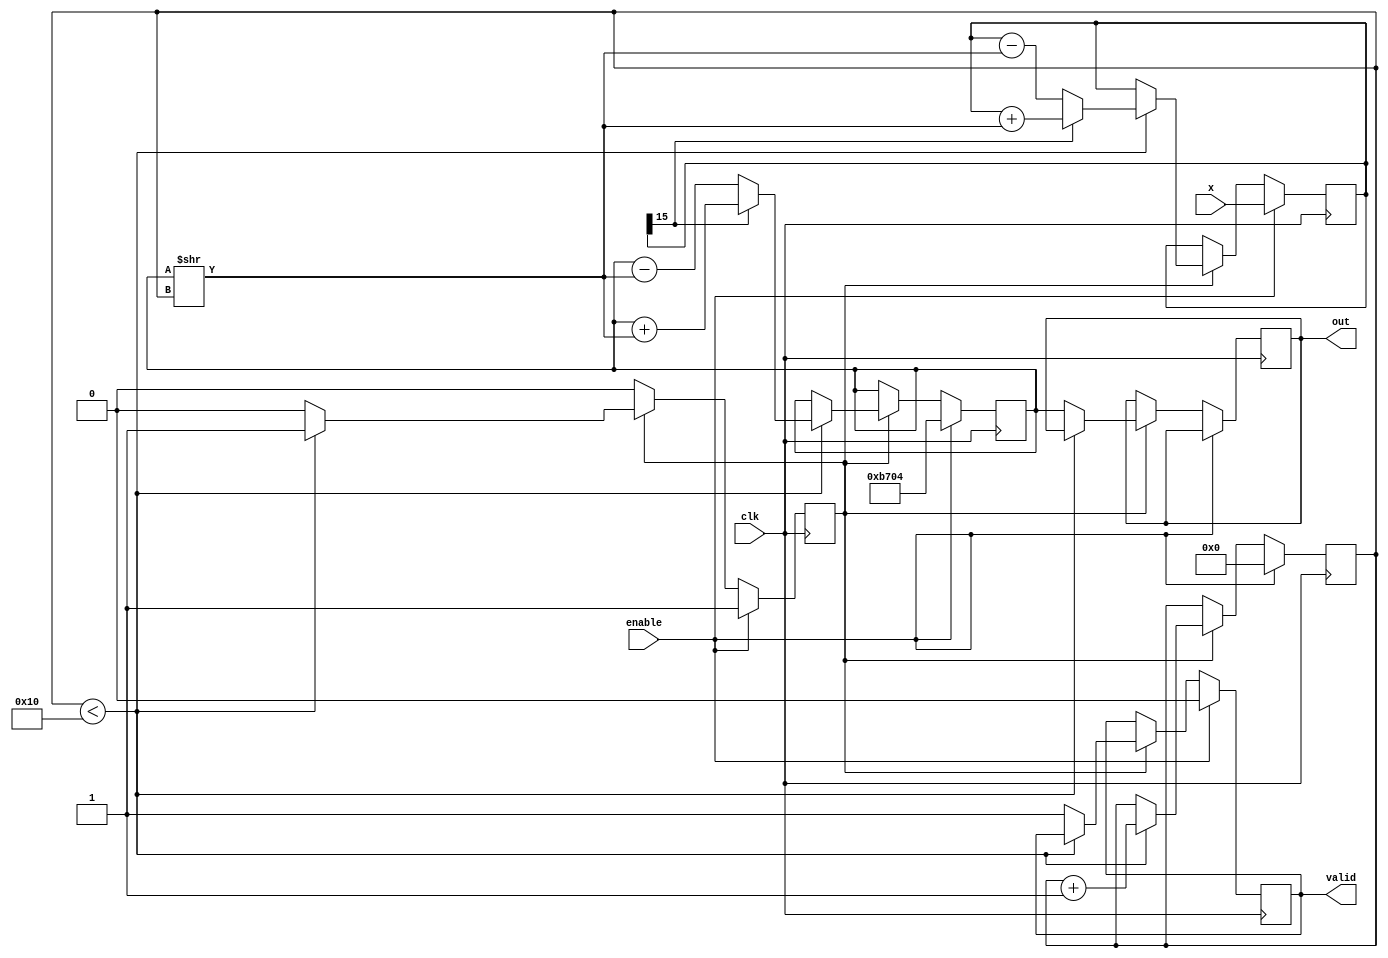
module cordic_reciprocal #(parameter WIDTH = 16,  // Bit-width for input and output
                            parameter NUM_ITER = 16, // Number of iterations for CORDIC
                            parameter SCALING_FACTOR = 16'hB704) // CORDIC scaling factor (approximately 0.607)
(
    input  wire clk,
    input  wire enable,
    input  wire [WIDTH-1:0] x,  // Input value x (fixed-point)
    output reg  [WIDTH-1:0] out, // Output reciprocal (1/x)
    output reg  valid            // Output valid signal
);

    reg [WIDTH-1:0] z;                  // Current approximation of 1/x
    reg [WIDTH-1:0] y;                  // Iteration variable
    reg [NUM_ITER-1:0] angle;           // Stored angles for CORDIC
    reg [3:0] iteration_counter;         // Counter for iterations
    reg state;                           // State of the CORDIC computation

    initial begin
        valid = 0;
        iteration_counter = 0;
        state = 0;
        z = 0;
    end

    // Precalculate angles for CORDIC (in fixed-point) 
    always @(*) begin
        angle[0] = 16'h1FFF; // atan(2^0) = 45 degrees
        angle[1] = 16'h0FFF; // atan(2^-1) = 26.565 degrees
        angle[2] = 16'h07FF; // atan(2^-2) = 14.036 degrees
        // Continue filling for more iterations...
        // For simplicity, we're assuming NUM_ITER = 3, this must be extended
    end

    always @(posedge clk) begin
        if (enable) begin
            // Initialize for computation
            z <= SCALING_FACTOR; // Initial z set to the scaling factor
            y <= x;
            iteration_counter <= 0;
            valid <= 0;
            state <= 1; // move to computation state
        end
        else if (state == 1) begin
            // CORDIC Iteration for reciprocal calculation
            if (iteration_counter < NUM_ITER) begin
                // Perform CORDIC iteration
                if (y[WIDTH-1]) begin // y is negative
                    z <= z + (z >> iteration_counter);
                    y <= y + (z >> iteration_counter);
                end else begin // y is positive
                    z <= z - (z >> iteration_counter);
                    y <= y - (z >> iteration_counter);
                end

                iteration_counter <= iteration_counter + 1; // Increment iteration counter
            end else begin
                // Scaling the result and indicating valid output
                out <= z;
                valid <= 1;
                state <= 0; // Go to idle state
            end
        end
    end
endmodule